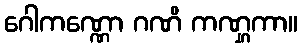
ဂေါကဏ္ဏော ဂဏိ ကဏ္ဋကာ။